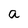
Character: a